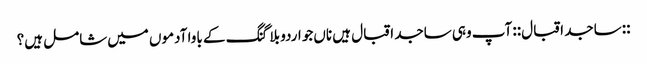
::ساجد اقبال:: آپ وہی ساجد اقبال ہیں‌ ناں‌جو اردو بلاگنگ کے باوا آدموں میں‌شامل ہیں؟